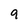
Character: 9